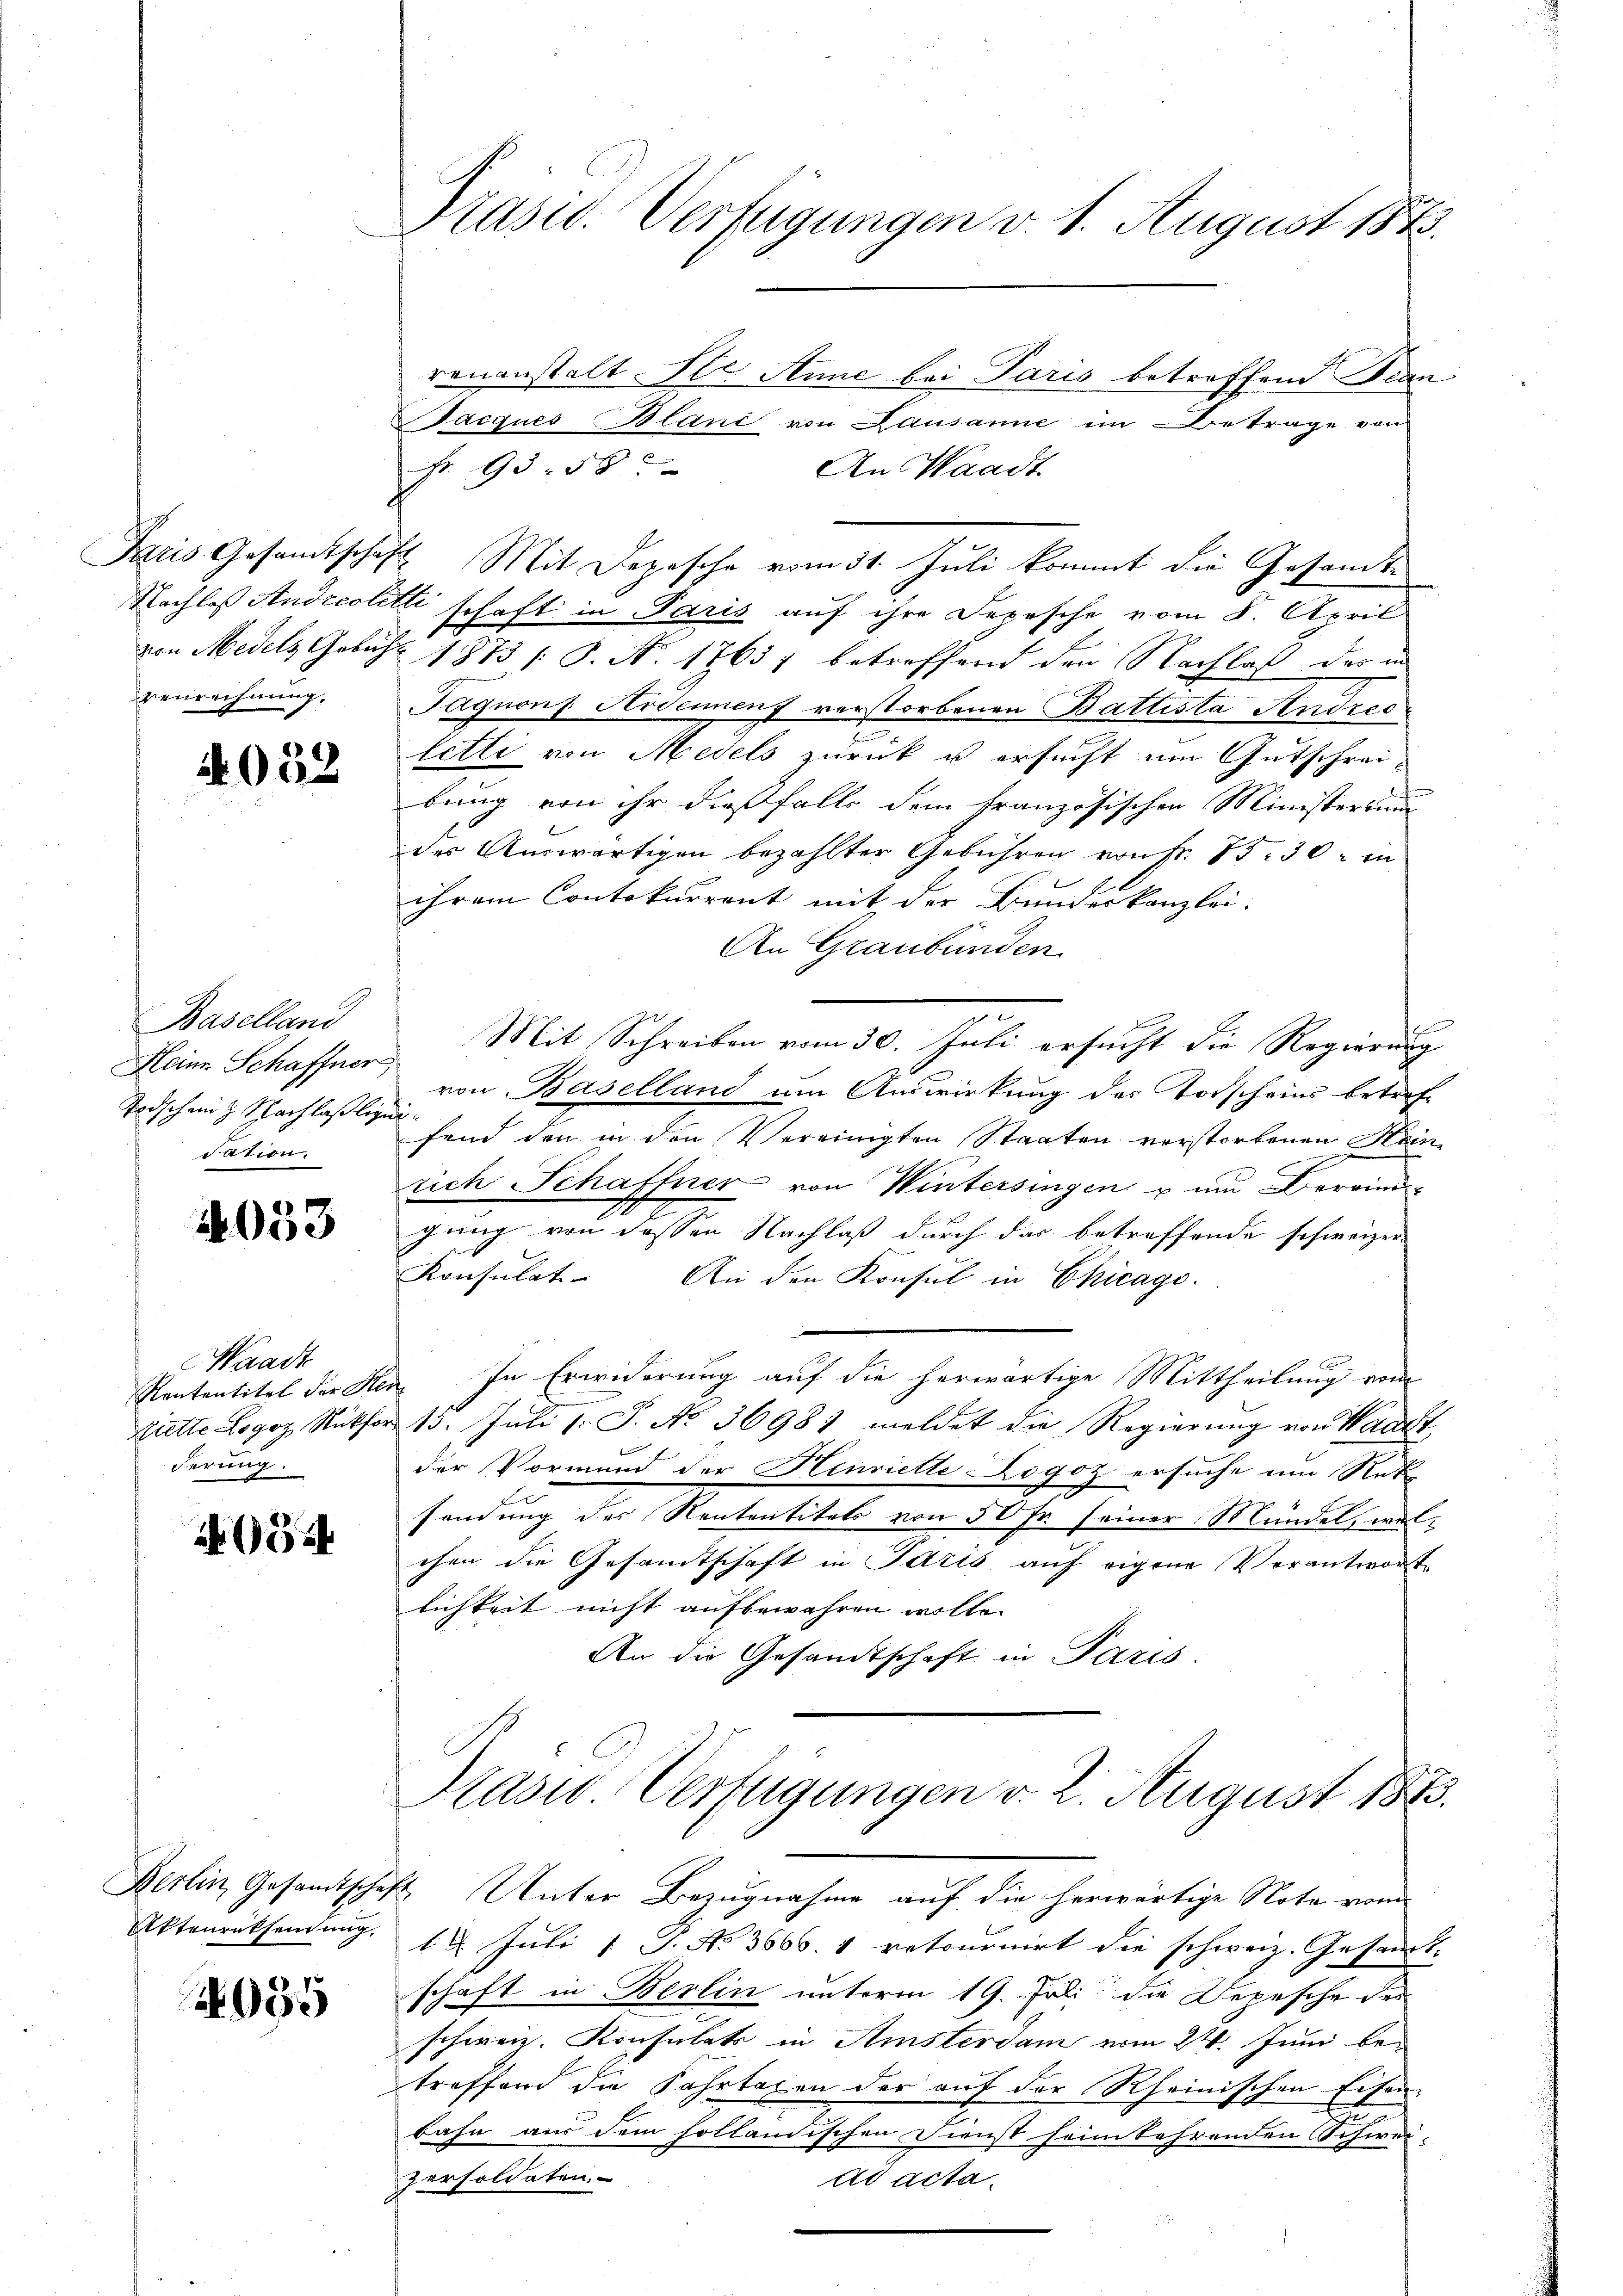
4032

Baselland
Heine Schaffner,
Todschen & Nachlaslige
dation

4033

Waadt
Kantentitel der Ster
Brette Logoz, Rückfor
derung.

4054

Berlin Gesandtsche,
Aktenrücksendung,

955

Präsid. Verfügungen v. 1. August 1873.

renanstalt St. Anne bei Paris betreffend Dran
acques Blanc von Lausanne im Betrage von
fr. 93. 58
An Waadt
Paris Gesamtschaft Mit Depesche vom 31. Juli kommt die Gesandt¬
Nachlaß Andreoletti schaft in Paris auf ihre Depesche vom 8. April
von Medels Gebühr 1873 /: P. Nr. 17657 betreffend den Nachlaß der in
Benrechnung. Saguonf Hidenenz verstorbenen Battista Andres
letti von Medels zurück u ersucht um Gutschreibung von ihr dießfalls dem französischen Ministersum
des Auswärtigen bezahlter Gebühren von Fr. 15. 30, in
ihrem Contokurrent mit der Bundeskanzlei.
An Graubünden
Mit Schreiben vom 30. Juli ersucht die Regierung
von Baselland um Auswirkung des Torscheins betref-
fend den in den Vereinigten Staaten verstorbenen Heinrich Schaffner von Wintersingen u um Bereingung von dessen Nachlaß durch das betreffende schweizer
Konsulat. An den Konsul in Chicago.
 In Erwiderung auf die herwärtige Mittheilung vom
 13. Juli d. S. Nr. 36987 meldet die Regierung von Waadt,
der Vormund der Henriette Logoz ersuche um Rat
sendung des Rententitels von 50 Fr. seiner Mündel, welchen die Gesamtschaft in Paris auf eigene Verantwort
lichkeit nicht aufbewahren wolle.
An die Gesandtschaft in Paris:
Kaser Vertigungen v. 2. August 1873.
k Unter Bezugnahme auf die herwärtige Nota vom
18. Juli 1 P. No 3666. 4 retournirt die schweiz. Gesandt-
schaft in Beslin unterm 19. Juli die Depesche des
schweiz. Konsulats in Amsterdam vom 24. Juni betreffend die Fahrtaxen der auf der Rheinischen Eisen-
bahn aus dem sollandischen Dienst sein kehrenden Schweipersoldaten.
ad acta.